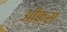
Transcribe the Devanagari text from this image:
ऑक्‍स